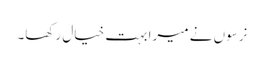
نرسوں نے میرا بہت خیال رکھا۔